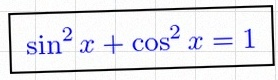
\sin^2x+\cos^2x=1